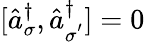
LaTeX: [\hat{a}_{\sigma}^{\dagger},\hat{a}_{\sigma^{'}}^{\dagger}]=0